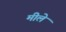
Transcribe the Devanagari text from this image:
मीले